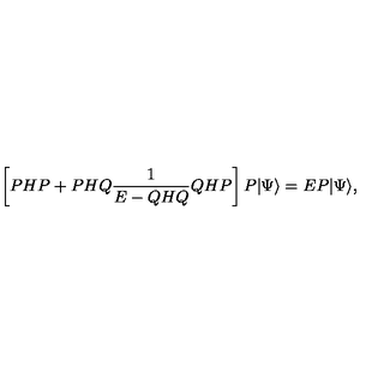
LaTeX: \left[ P H P + P H Q \frac { 1 } { E - Q H Q } Q H P \right] P | \Psi \rangle = E P | \Psi \rangle ,